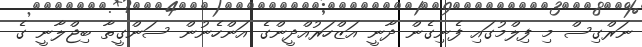
ނަރްގިސް މި ފިލްމުގައި ފެނިގެން ދާނީ އަޒްހަރުއްދީންގެ އަންހެނުން ސަންގީތާ ބިޖްލާނީ ގެ